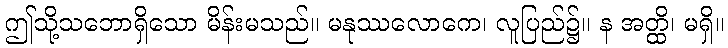
ဤသို့သဘောရှိသော မိန်းမသည်။ မနုဿလောကေ၊ လူပြည်၌။ န အတ္ထိ၊ မရှိ။